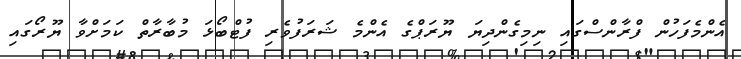
އެންމެފަހުން ފްރާންސްގައި ނިމިގެންދިޔަ ޔޫރަޕްގެ އެންމެ ޝަރަފުވެރި ފުޓްބޯޅަ މުބާާރާތް ކަމަށްވާ ޔޫރޯގައި